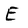
Character: E